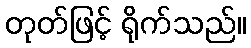
တုတ်ဖြင့် ရိုက်သည်။